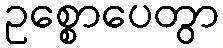
ဥစ္စောပေတွာ